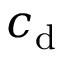
c _ { \mathrm { d } }